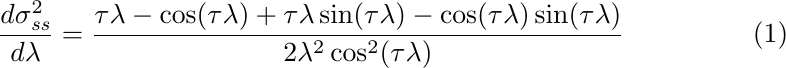
\begin{equation}\label{eq:varianceDerivativeToZero}
	\dfrac{d\sigma_{\textit{ss}}^2}{d\lambda} =
	\dfrac{\tau\lambda-\cos(\tau\lambda)+\tau\lambda\sin(\tau\lambda)-\cos(\tau\lambda)\sin(\tau\lambda)}{2\lambda^2\cos^2(\tau\lambda)}
\end{equation}